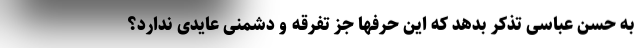
به حسن عباسی تذکر بدهد که این حرفها جز تفرقه و دشمنی عایدی ندارد؟